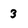
Character: 3